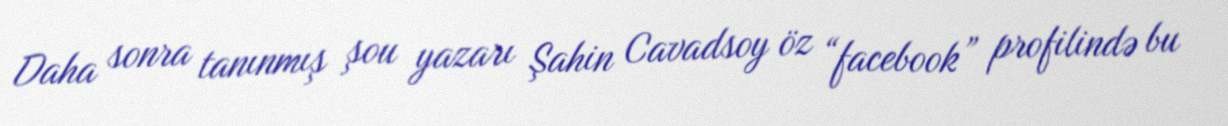
Daha sonra tanınmış şou yazarı Şahin Cavadsoy öz “facebook” profilində bu